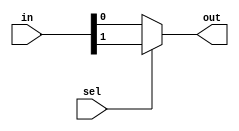
module if_else( out,in, sel);
output out;
input sel;
reg out;
input [3:0]in;
always@(in or sel)
begin
if(sel==0)
  out=in[0];
else if(sel==1)
  out=in[1];
else if(sel==2)
  out=in[2];
else
  out=in[3];
end
endmodule